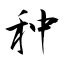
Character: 种